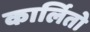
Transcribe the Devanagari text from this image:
कार्लितो